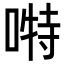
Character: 𭉪